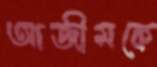
আজীমকে